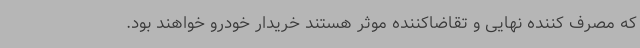
که مصرف کننده نهایی و تقاضاکننده موثر هستند خریدار خودرو خواهند بود.